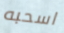
اسحبه